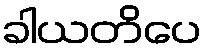
ခါယတိပေ